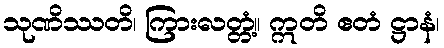
သုဏိဿတိ၊ ကြားလတ္တံ့။ ဣတိ ဧတံ ဋ္ဌာနံ၊